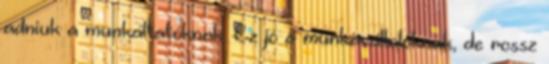
adniuk a munkáltatóknak. Ez jó a munkavállalóknak, de rossz